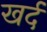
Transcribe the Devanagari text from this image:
खर्द